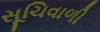
સૂચિવાળી